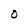
Character: O